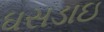
ઘસડાઇ